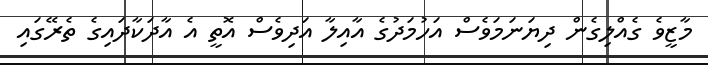
މާޒީވެ ގެއްލިގެން ދިޔަނަމަވެސް އަހުމަދުގެ އާއިލާ އަދިވެސް އޮތީ އެ އާދަކާދައިގެ ތެރޭގައި